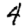
Digit: 4